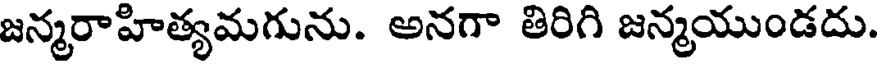
జన్మరాహిత్యమగును. అనగా తిరిగి జన్మయుండదు.